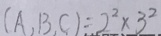
( A , B , C ) = 2 ^ { 2 } \times 3 ^ { 2 }